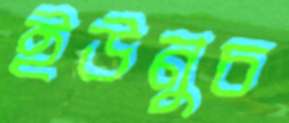
ইউনুচ